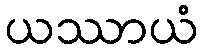
ယဿာယံ